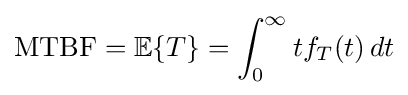
{\text{MTBF}}=\mathbb {E} \{T\}=\int _{0}^{\infty }tf_{T}(t)\,dt